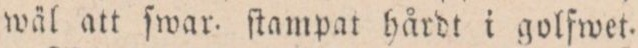
wäl att ſwar. ſtampat hårdt i golfwet.